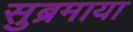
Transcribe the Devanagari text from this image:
सुब्रमाया